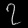
Digit: ၇